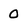
Character: 0